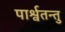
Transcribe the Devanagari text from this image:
पार्श्वतन्तु